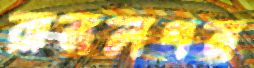
রামলগন